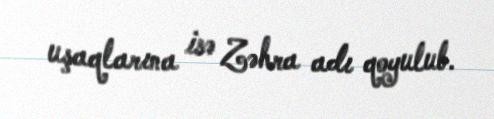
uşaqlarına isə Zəhra adı qoyulub.